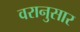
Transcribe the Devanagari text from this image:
वरानुसार